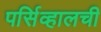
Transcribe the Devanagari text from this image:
पर्सिव्हालची